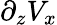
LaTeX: \partial_{z}V_{x}